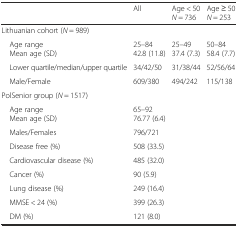
<table><thead><tr><td></td><td><b>All</b></td><td><b>Age &lt; 50<i>N</i> = 736</b></td><td><b>Age ≥ 50<i>N</i> = 253</b></td></tr></thead><tbody><tr><td colspan="4">Lithuanian cohort (<i>N</i> = 989)</td></tr><tr><td> Age range Mean age (SD)</td><td>25–8442.8 (11.8)</td><td>25–4937.4 (7.3)</td><td>50–8458.4 (7.7)</td></tr><tr><td> Lower quartile/median/upper quartile</td><td>34/42/50</td><td>31/38/44</td><td>52/56/64</td></tr><tr><td> Male/Female</td><td>609/380</td><td>494/242</td><td>115/138</td></tr><tr><td colspan="4">PolSenior group (<i>N</i> = 1517)</td></tr><tr><td> Age range Mean age (SD)</td><td>65–9276.77 (6.4)</td><td></td><td></td></tr><tr><td> Males/Females</td><td>796/721</td><td></td><td></td></tr><tr><td> Disease free (%)</td><td>508 (33.5)</td><td></td><td></td></tr><tr><td> Cardiovascular disease (%)</td><td>485 (32.0)</td><td></td><td></td></tr><tr><td> Cancer (%)</td><td>90 (5.9)</td><td></td><td></td></tr><tr><td> Lung disease (%)</td><td>249 (16.4)</td><td></td><td></td></tr><tr><td> MMSE &lt; 24 (%)</td><td>399 (26.3)</td><td></td><td></td></tr><tr><td> DM (%)</td><td>121 (8.0)</td><td></td><td></td></tr></tbody></table>